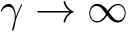
\gamma \to \infty